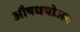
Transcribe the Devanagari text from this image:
औषधयोजन